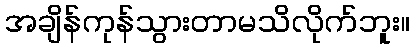
အချိန်ကုန်သွားတာမသိလိုက်ဘူး။